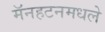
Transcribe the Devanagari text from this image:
मॅनहटनमधले